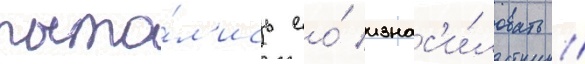
пыта́л'ись ео́ изнас'и́ловать //